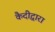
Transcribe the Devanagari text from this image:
कैदीद्वारा